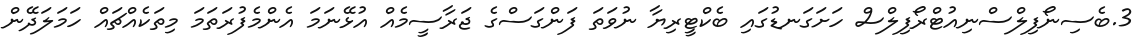
3.ބެސިނޯފިލްސްނިއުޓްރޯފިލްސް ހަށަގަނޑުގައި ބެކްޓީރިޔާ ނުވަތަ ފަންގަސްގެ ޖަރާސީމެއް އުޅޭނަމަ އެންމެފުރަތަމަ މިތަކެއްޗައް ހަމަލަދޭން